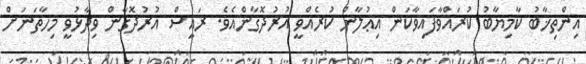
އިންތިޚާބު ކާމިޔާބު ކުރައްވާފައިވާކަން އިޢުލާން ކުރެއްވީ އުރުދޮގާންއެވެ. ރައީސް އުރުދޮގާން ވިދާޅުވީ މިހާތަނަށް